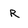
Character: R